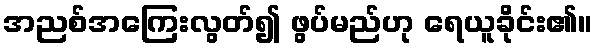
အညစ်အကြေးလွတ်၍ ဖွပ်မည်ဟု ရေယူခိုင်း၏။